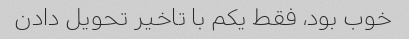
خوب بود، فقط یکم با تاخیر تحویل دادن